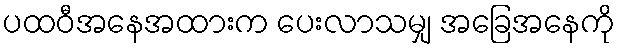
ပထဝီအနေအထားက ပေးလာသမျှ အခြေအနေကို